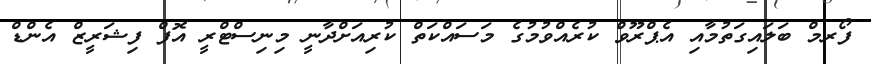
ފޯރމް ބަލައިގަތުމާއި އެޕްރޫވް ކުރެއްވުމުގެ މަސައްކަތް ކުރިއަށްދާނީ މިނިސްޓްރީ އޮފް ފިޝަރީޒް އެންޑް